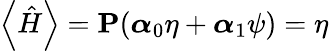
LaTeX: \left\langle\hat{H}\right\rangle=\textbf{P}(\boldsymbol{\alpha}_{0}\eta+\boldsymbol{\alpha}_{1}\psi)=\eta